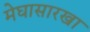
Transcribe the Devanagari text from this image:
मेघासारखा